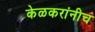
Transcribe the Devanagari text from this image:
केळकरांनीच